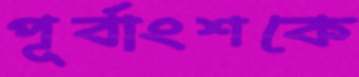
পূর্বাংশকে